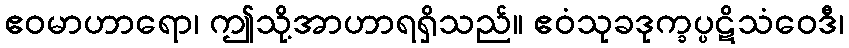
ဧဝမာဟာရော၊ ဤသို့အာဟာရရှိသည်။ ဧဝံသုခဒုက္ခပ္ပဋိသံဝေဒီ၊